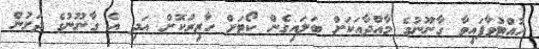
ހުއްޓުވާފައިވާ ގާނޫނުގެ މާއްދާއަކަށް ބަލައިގެން ކޯޓަށް ހާޒިރުކޮށް އަދި އެ ގާނޫނުގެ ދަށުން